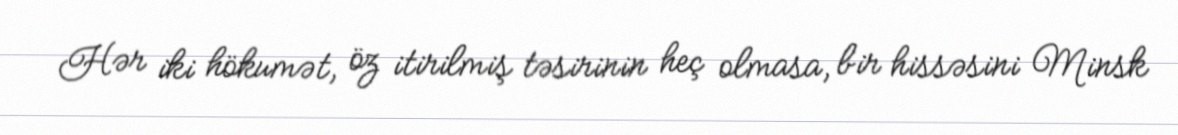
Hər iki hökumət, öz itirilmiş təsirinin heç olmasa, bir hissəsini Minsk